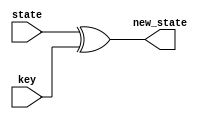
module AddRoundKey (
    input wire [0:127] state,
    input wire [0:127] key,
    output reg [0:127] new_state
);

    always @(state[0:127] or key[0:127]) begin
        new_state[0:127] = state[0:127] ^ key[0:127];
    end
    
endmodule